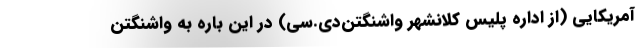
آمریکایی (از اداره پلیس کلانشهر واشنگتن‌دی.سی) در این باره به واشنگتن‌